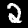
Digit: 2